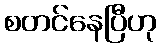
စတင်နေပြီဟု